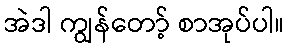
အဲဒါ ကျွန်တော့် စာအုပ်ပါ။